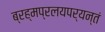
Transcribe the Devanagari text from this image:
ब्रह्मप्रलयपर्यन्तं